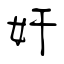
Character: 奸